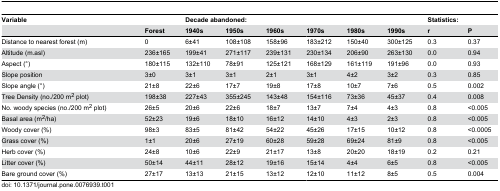
<table><thead><tr><td><b>Variable</b></td><td></td><td colspan="6"><b>Decade abandoned:</b></td><td><b>Statistics:</b></td><td></td></tr><tr><td></td><td><b>Forest</b></td><td><b>1940s</b></td><td><b>1950s</b></td><td><b>1960s</b></td><td><b>1970s</b></td><td><b>1980s</b></td><td><b>1990s</b></td><td><b>r</b></td><td><b>P</b></td></tr></thead><tbody><tr><td>Distance to nearest forest (m)</td><td>0</td><td>6±41</td><td>108±108</td><td>158±96</td><td>183±212</td><td>150±40</td><td>300±125</td><td>0.3</td><td>0.37</td></tr><tr><td>Altitude (m.asl)</td><td>236±165</td><td>199±41</td><td>271±117</td><td>239±131</td><td>230±134</td><td>206±90</td><td>263±130</td><td>0.0</td><td>0.94</td></tr><tr><td>Aspect (°)</td><td>180±115</td><td>132±110</td><td>78±91</td><td>125±121</td><td>168±129</td><td>161±119</td><td>191±96</td><td>0.0</td><td>0.93</td></tr><tr><td>Slope position</td><td>3±0</td><td>3±1</td><td>3±1</td><td>2±1</td><td>3±1</td><td>4±2</td><td>3±2</td><td>0.3</td><td>0.85</td></tr><tr><td>Slope angle (°)</td><td>21±8</td><td>22±6</td><td>17±7</td><td>19±8</td><td>17±8</td><td>10±7</td><td>7±6</td><td>0.5</td><td>0.002</td></tr><tr><td>Tree Density (no./200 m<sup>2</sup> plot)</td><td>198±38</td><td>227±43</td><td>355±245</td><td>143±48</td><td>154±116</td><td>73±36</td><td>45±37</td><td>0.4</td><td>0.008</td></tr><tr><td>No. woody species (no./200 m<sup>2</sup> plot) </td><td>26±5</td><td>20±6</td><td>22±6</td><td>18±7</td><td>13±7</td><td>7±4</td><td>4±3</td><td>0.8</td><td>&lt;0.005</td></tr><tr><td>Basal area (m<sup>2</sup>/ha)</td><td>52±23</td><td>19±6</td><td>18±10</td><td>16±12</td><td>14±10</td><td>4±3</td><td>2±3</td><td>0.8</td><td>&lt;0.005</td></tr><tr><td>Woody cover (%)</td><td>98±3</td><td>83±5</td><td>81±42</td><td>54±22</td><td>45±26</td><td>17±15</td><td>10±12</td><td>0.8</td><td>&lt;0.0005</td></tr><tr><td>Grass cover (%)</td><td>1±1</td><td>20±6</td><td>27±19</td><td>60±28</td><td>59±28</td><td>69±24</td><td>81±9</td><td>0.8</td><td>&lt;0.005</td></tr><tr><td>Herb cover (%) </td><td>24±8</td><td>10±6</td><td>22±9</td><td>21±17</td><td>13±8</td><td>20±20</td><td>18±19</td><td>0.2</td><td>0.21</td></tr><tr><td>Litter cover (%)</td><td>50±14</td><td>44±11</td><td>28±12</td><td>19±16</td><td>15±14</td><td>4±4</td><td>6±5</td><td>0.8</td><td>&lt;0.005</td></tr><tr><td>Bare ground cover (%)</td><td>27±17</td><td>13±13</td><td>21±15</td><td>13±12</td><td>12±10</td><td>11±12</td><td>8±5</td><td>0.5</td><td>0.004</td></tr></tbody></table>